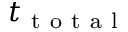
t _ { \mathrm { ~ t ~ o ~ t ~ a ~ l ~ } }